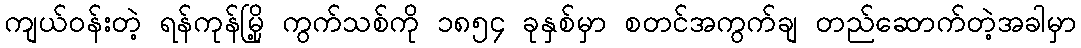
ကျယ်ဝန်းတဲ့ ရန်ကုန်မြို့ ကွက်သစ်ကို ၁၈၅၄ ခုနှစ်မှာ စတင်အကွက်ချ တည်ဆောက်တဲ့အခါမှာ